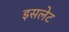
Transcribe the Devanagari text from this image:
इसलेट